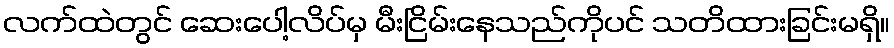
လက်ထဲတွင် ဆေးပေါ့လိပ်မှ မီးငြိမ်းနေသည်ကိုပင် သတိထားခြင်းမရှိ။